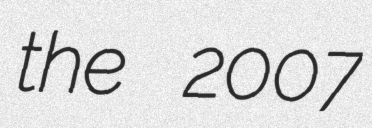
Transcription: the 2007